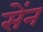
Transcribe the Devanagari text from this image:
सेंन